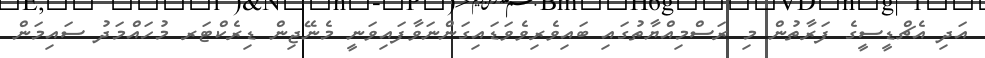
އަދި އެޗްޑީސީގެ ފަރާތުން މި ރަސްމިއްޔާތުގައި ބައިވެރިވެވަޑައިގަންނަވާފައިވަނީ މެނޭޖިން ޑިރެކްޓަރ މުހައްމަދު ސައިމަން